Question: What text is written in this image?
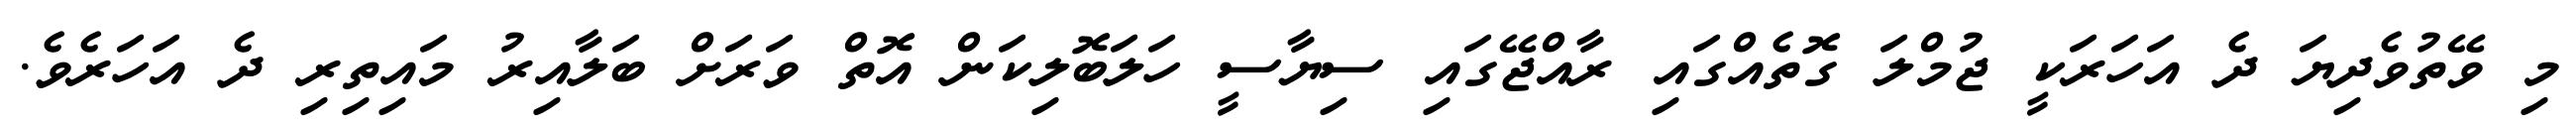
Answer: މި ވޭތުވެދިޔަ ދެ އަހަރަކީ ޖުމްލަ ގޮތެއްގައި ރާއްޖޭގައި ސިޔާސީ ހަލަބޮލިކަން އޮތް ވަރަށް ބަލާއިރު މައިތިރި ދެ އަހަރެވެ.